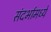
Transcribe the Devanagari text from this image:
संदर्भामध्ये